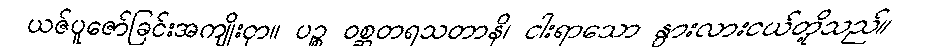
ယဇ်ပူဇော်ခြင်းအကျိုးငှာ။ ပဉ္စ ဝစ္ဆတရသတာနိ၊ ငါးရာသော နွားလားငယ်တို့သည်။